Lunatic asylums Bombay report 1878-1890 - 1878-1890
Year: 1878
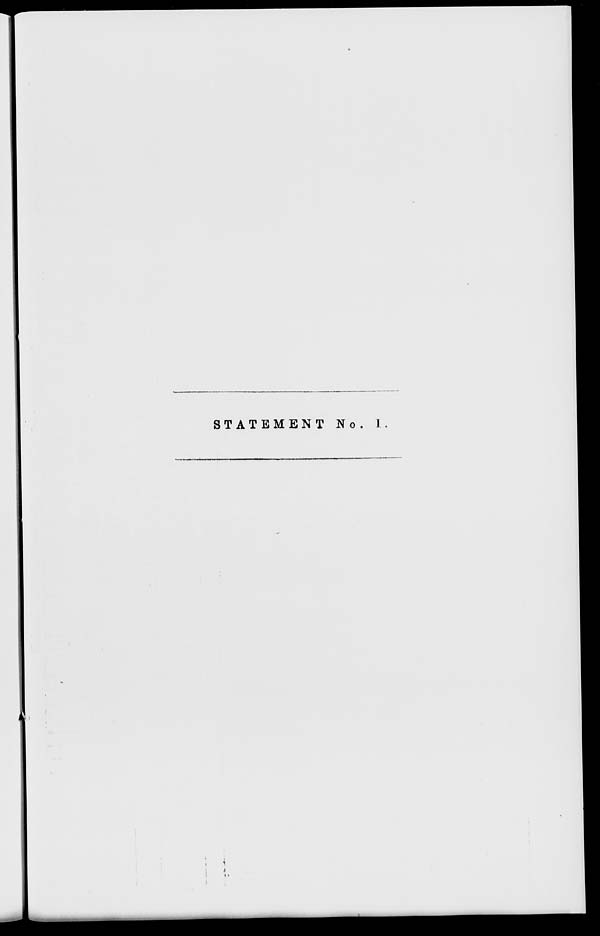
STATEMENT No. I.